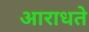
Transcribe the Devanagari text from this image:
आराधते